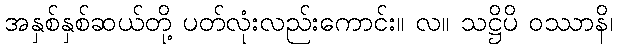
အနှစ်နှစ်ဆယ်တို့ ပတ်လုံးလည်းကောင်း။ လ။ သဋ္ဌိပိ ဝဿာနိ၊